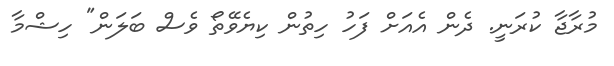
މުރާޖާ ކުރަނީ. ދެން އެއަށް ފަހު ހިތުން ކިޔެވޭތޯ ވެސް ބަލަން" ހިޝްމާ